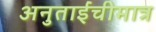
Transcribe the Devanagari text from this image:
अनुताईंचीमात्र